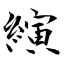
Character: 縯